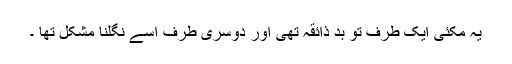
یہ مکئی ایک طرف تو بد ذائقہ تھی اور دوسری طرف اسے نگلنا مشکل تھا ۔